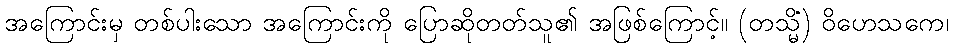
အကြောင်းမှ တစ်ပါးသော အကြောင်းကို ပြောဆိုတတ်သူ၏ အဖြစ်ကြောင့်။ (တသ္မိံ) ဝိဟေသကေ၊